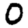
Digit: 0